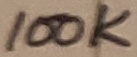
Text: 100K